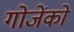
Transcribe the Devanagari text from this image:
गोजेंको